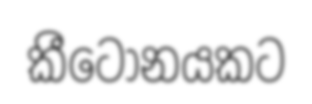
කීටෝනයකට